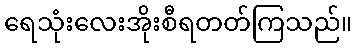
ရေသုံးလေးအိုးစီရတတ်ကြသည်။